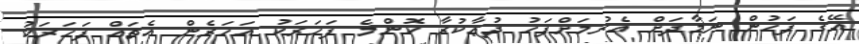
އޭގެ ފަހުން ނަމާދަށް އެރުމަށްފަހު ދުޢާކުރާ ކޮންމެ ފަހަރަކު އަހަރެން އެތައް ފަހަރަކު